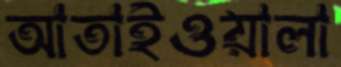
আতাইওয়ালা